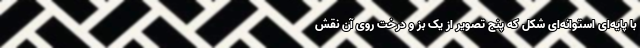
با پایه‌ای استوانه‌ای شکل که پنج تصویر از یک بز و درخت روی آن نقش